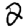
Digit: 2